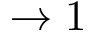
\rightarrow 1